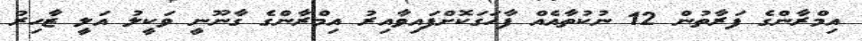
އިމްރާންގެ ފަރާތުން 12 ނުކުތާއެއް ފާހަގަކޮށްފައިވާއިރު އިމްރާންގެ ގާނޫނީ ވަކީލު އަލީ ޒާހިރު